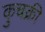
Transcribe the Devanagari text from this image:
कुचक्री